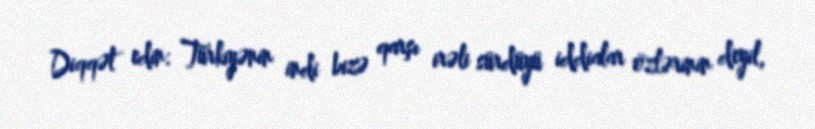
Diqqət edin: Türkiyənin indi bizə qarşı irəli sürdüyü iddialar özlərinin deyil,